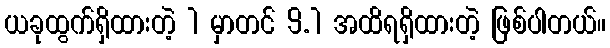
ယခုထွက်ရှိထားတဲ့ 1 မှာတင် 9.1 အထိရရှိထားတဲ့ ဖြစ်ပါတယ်။